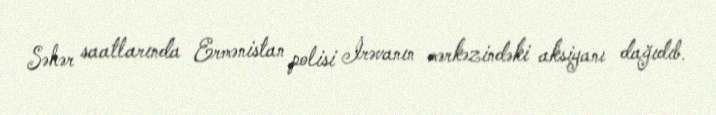
Səhər saatlarında Ermənistan polisi İrəvanın mərkəzindəki aksiyanı dağıdıb.